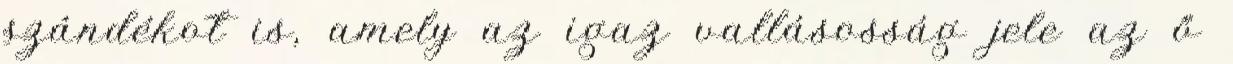
szándékot is, amely az igaz vallásosság jele az ő